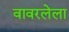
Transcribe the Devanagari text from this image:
वावरलेला